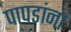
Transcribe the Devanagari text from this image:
पापडांना